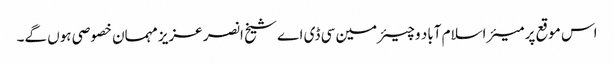
اس موقع پر میئر اسلام آباد و چیئرمین سی ڈی اے شیخ انصر عزیز مہمان خصوصی ہوں گے۔